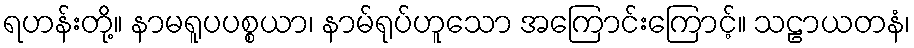
ရဟန်းတို့။ နာမရူပပစ္စယာ၊ နာမ်ရုပ်ဟူသော အကြောင်းကြောင့်။ သဠာယတနံ၊